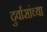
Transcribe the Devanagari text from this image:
दुर्वासांच्या